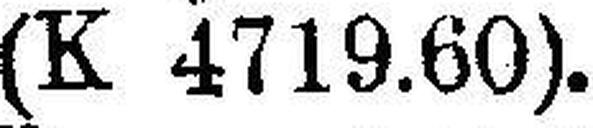
(K 4719.60).